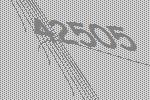
42505